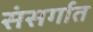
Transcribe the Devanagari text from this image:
संसर्गात